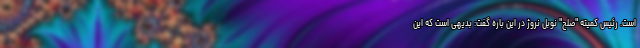
است. رئیس کمیته "صلح" نوبل نروژ در این باره گفت: بدیهی است که این